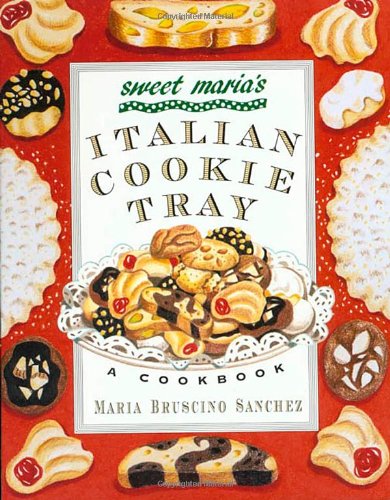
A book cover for Sweet Maria's Italian Cookie Tray: A Cookbook; Maria Bruscino Sanchez; Cookbooks, Food & Wine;